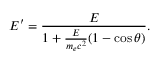
E ^ { \prime } = \frac { E } { 1 + \frac { E } { m _ { e } c ^ { 2 } } ( 1 - \cos \theta ) } .